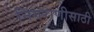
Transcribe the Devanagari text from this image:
निगराणीसाठी